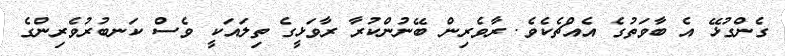
ގެންގުޅޭ އެ ބާވަތުގެ އެއްޗެކެވެ. ރާވެރިން ބޭނުންކުރާ ރާވަޅީގެ ތިލައަކީ ވެސް ކަނބުރުވެރިންގެ